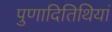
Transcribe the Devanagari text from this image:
पुणादितिथियां